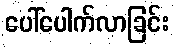
ပေါ်ပေါက်လာခြင်း